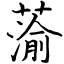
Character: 蕍